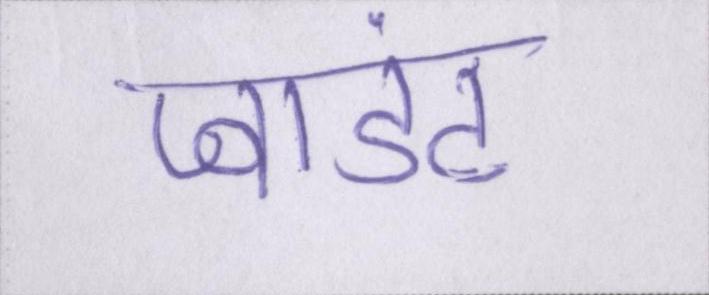
प्वाइंट